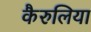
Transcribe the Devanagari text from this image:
कैरुलिया